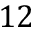
1 2